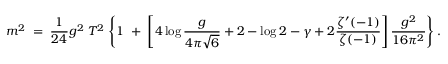
m ^ { 2 } \; = \; { \frac { 1 } { 2 4 } } g ^ { 2 } \; T ^ { 2 } \; \Bigg \{ 1 \; + \; \left[ 4 \log { \frac { g } { 4 \pi \sqrt { 6 } } } + 2 - \log 2 - \gamma + 2 { \frac { \zeta ^ { \prime } ( - 1 ) } { \zeta ( - 1 ) } } \right] { \frac { g ^ { 2 } } { 1 6 \pi ^ { 2 } } } \Bigg \} \, .